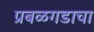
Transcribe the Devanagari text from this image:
प्रबळगडाचा